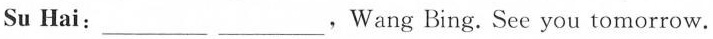
Su Hai:___ ___,Wang Bing.See you tomorrow.